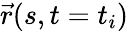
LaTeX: {\vec{r}}(s,t=t_{i})